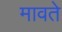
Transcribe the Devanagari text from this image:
मावते